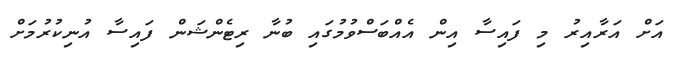
އަށް އަރާއިރު މި ފައިސާ އިން އެއްބަސްވުމުގައި ބުނާ ރިޓެންޝަން ފައިސާ އުނިކުރުމަށް